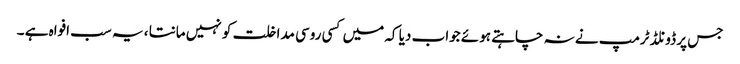
جس پر ڈونلڈ ٹرمپ نے نہ چاہتے ہوئے جواب دیا کہ میں کسی روسی مداخلت کو نہیں مانتا ، یہ سب افواہ ہے ۔